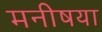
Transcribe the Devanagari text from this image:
मनीषया